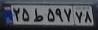
۲۵ط۵۹۷۷۸